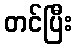
တင်ပြီး